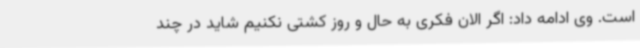
است. وی ادامه داد: اگر الان فکری به حال و روز کشتی نکنیم شاید در چند